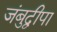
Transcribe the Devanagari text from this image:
जंबुद्वीपा